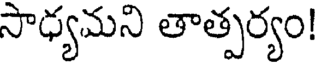
సాధ్యమని తాత్పర్యం!